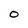
Character: 0